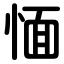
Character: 愐